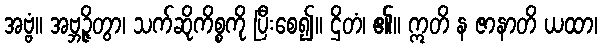
အဗ္ဗံ။ အဗ္ဘဉ္ဇိတွာ၊ သက်ဆိုကိစ္စကို ပြီးစေ၍။ ဌိတံ၊ ၏။ ဣတိ န ဇာနာတိ ယထာ၊